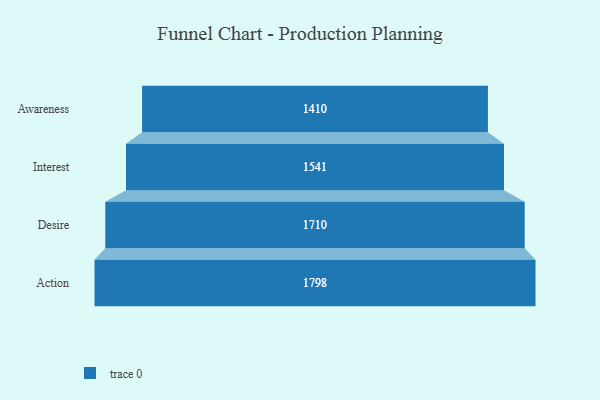
{"axis": {"x": "Stage", "y": "Value"}, "legend": [""], "data": [{"x": "Awareness", "y": 1410.0, "type": ""}, {"x": "Interest", "y": 1541.0, "type": ""}, {"x": "Desire", "y": 1710.0, "type": ""}, {"x": "Action", "y": 1798.0, "type": ""}]}